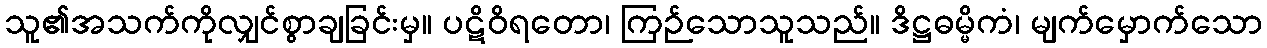
သူ၏အသက်ကိုလျှင်စွာချခြင်းမှ။ ပဋိဝိရတော၊ ကြဉ်သောသူသည်။ ဒိဋ္ဌဓမ္မိကံ၊ မျက်မှောက်သော